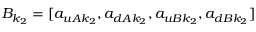
B _ { k _ { 2 } } = [ a _ { u A k _ { 2 } } , a _ { d A k _ { 2 } } , a _ { u B k _ { 2 } } , a _ { d B k _ { 2 } } ]